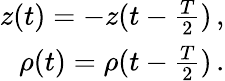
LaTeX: \begin{array}{r}{z(t)=-z(t-\frac{T}{2})\, ,}\\ {\rho(t)=\rho(t-\frac{T}{2})\, .}\end{array}